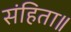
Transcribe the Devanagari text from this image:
संहिता॥